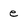
Character: e